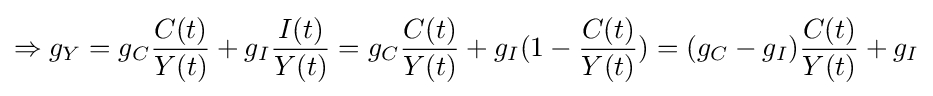
\Rightarrow g_{Y}=g_{C}{\frac {C(t)}{Y(t)}}+g_{I}{\frac {I(t)}{Y(t)}}=g_{C}{\frac {C(t)}{Y(t)}}+g_{I}(1-{\frac {C(t)}{Y(t)}})=(g_{C}-g_{I}){\frac {C(t)}{Y(t)}}+g_{I}